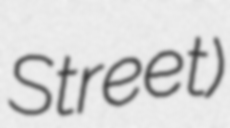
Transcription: Street)